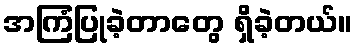
အကြံပြုခဲ့တာတွေ ရှိခဲ့တယ်။